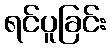
ရင်ပူခြင်း